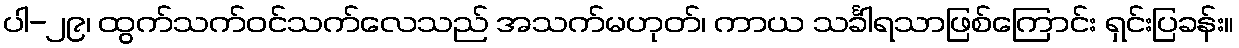
ပါ-၂၉၊ ထွက်သက်ဝင်သက်လေသည် အသက်မဟုတ်၊ ကာယ သင်္ခါရသာဖြစ်ကြောင်း ရှင်းပြခန်း။